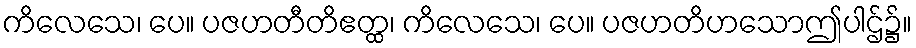
ကိလေသေ၊ ပေ။ ပဇဟတီတိဧတ္ထ၊ ကိလေသေ၊ ပေ။ ပဇဟတိဟသောဤပါဌ်၌။